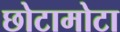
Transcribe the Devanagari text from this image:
छोटामोटा